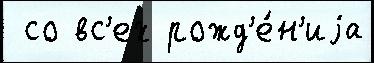
 со вс'ех рожд'е́н'иjа